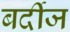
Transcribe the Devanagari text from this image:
बर्दीज